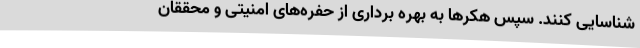
شناسایی کنند. سپس هکرها به بهره برداری از حفره‌های امنیتی و محققان